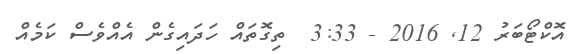
އޮކްޓޯބަރު 12